Lunatic asylums Bombay report 1878-1890 - 1878-1890
Year: 1878
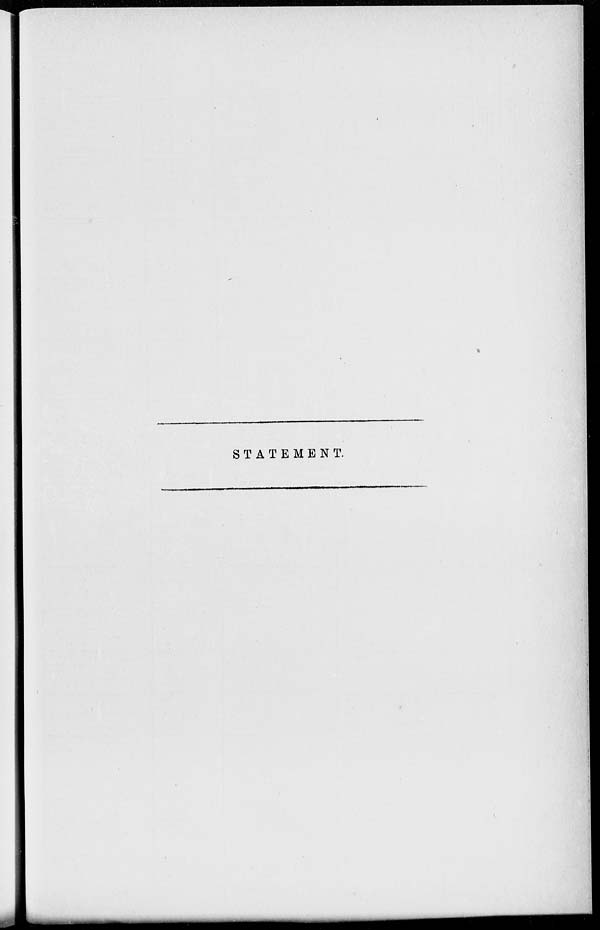
STATEMENT.